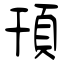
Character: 頇